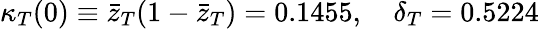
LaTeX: \kappa_{T}(0)\equiv{\bar{z}}_{T}(1-{\bar{z}}_{T})=0.1455,\quad\delta_{T}=0.5224